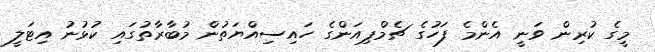
މީގެ ކުރިން ވަނީ އެންމެ ފަހުގެ ޗެމްޕިއަންގެ ހައިސިއްޔަތުން މުބާރާތުގައި ކުޅުނު އިޓަލީ